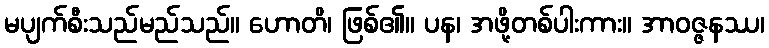
မပျက်စီးသည်မည်သည်။ ဟောတိ၊ ဖြစ်၏။ ပန၊ အဖို့တစ်ပါးကား။ အာဝဇ္ဇနဿ၊